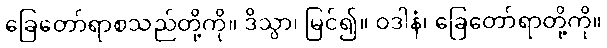
ခြေတော်ရာစသည်တို့ကို။ ဒိသွာ၊ မြင်၍။ ဝဒါနံ၊ ခြေတော်ရာတို့ကို။